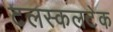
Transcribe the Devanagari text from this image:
टलस्कलटेक